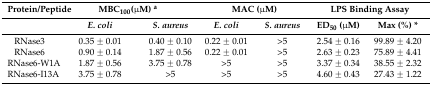
| Protein/Peptide | <COLSPAN=2> MBC100(μM) a | <COLSPAN=2> MAC (μM) | <COLSPAN=2> LPS Binding Assay |
 |  | E. coli | S. aureus | E. coli | S. aureus | ED50 (μM) | Max (%) * |
 | --- | --- | --- | --- | --- | --- | --- |
 | RNase3 | 0.35 ± 0.01 | 0.40 ± 0.10 | 0.22 ± 0.01 | >5 | 2.54 ± 0.16 | 99.89 ± 4.20 |
 | RNase6 | 0.90 ± 0.14 | 1.87 ± 0.56 | 0.22 ± 0.01 | >5 | 2.63 ± 0.23 | 75.89 ± 4.41 |
 | RNase6-W1A | 1.87 ± 0.56 | 3.75 ± 0.78 | >5 | >5 | 3.37 ± 0.34 | 38.55 ± 2.32 |
 | RNase6-I13A | 3.75 ± 0.78 | >5 | >5 | >5 | 4.60 ± 0.43 | 27.43 ± 1.22 |